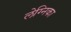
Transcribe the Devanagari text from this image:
लेग्निका